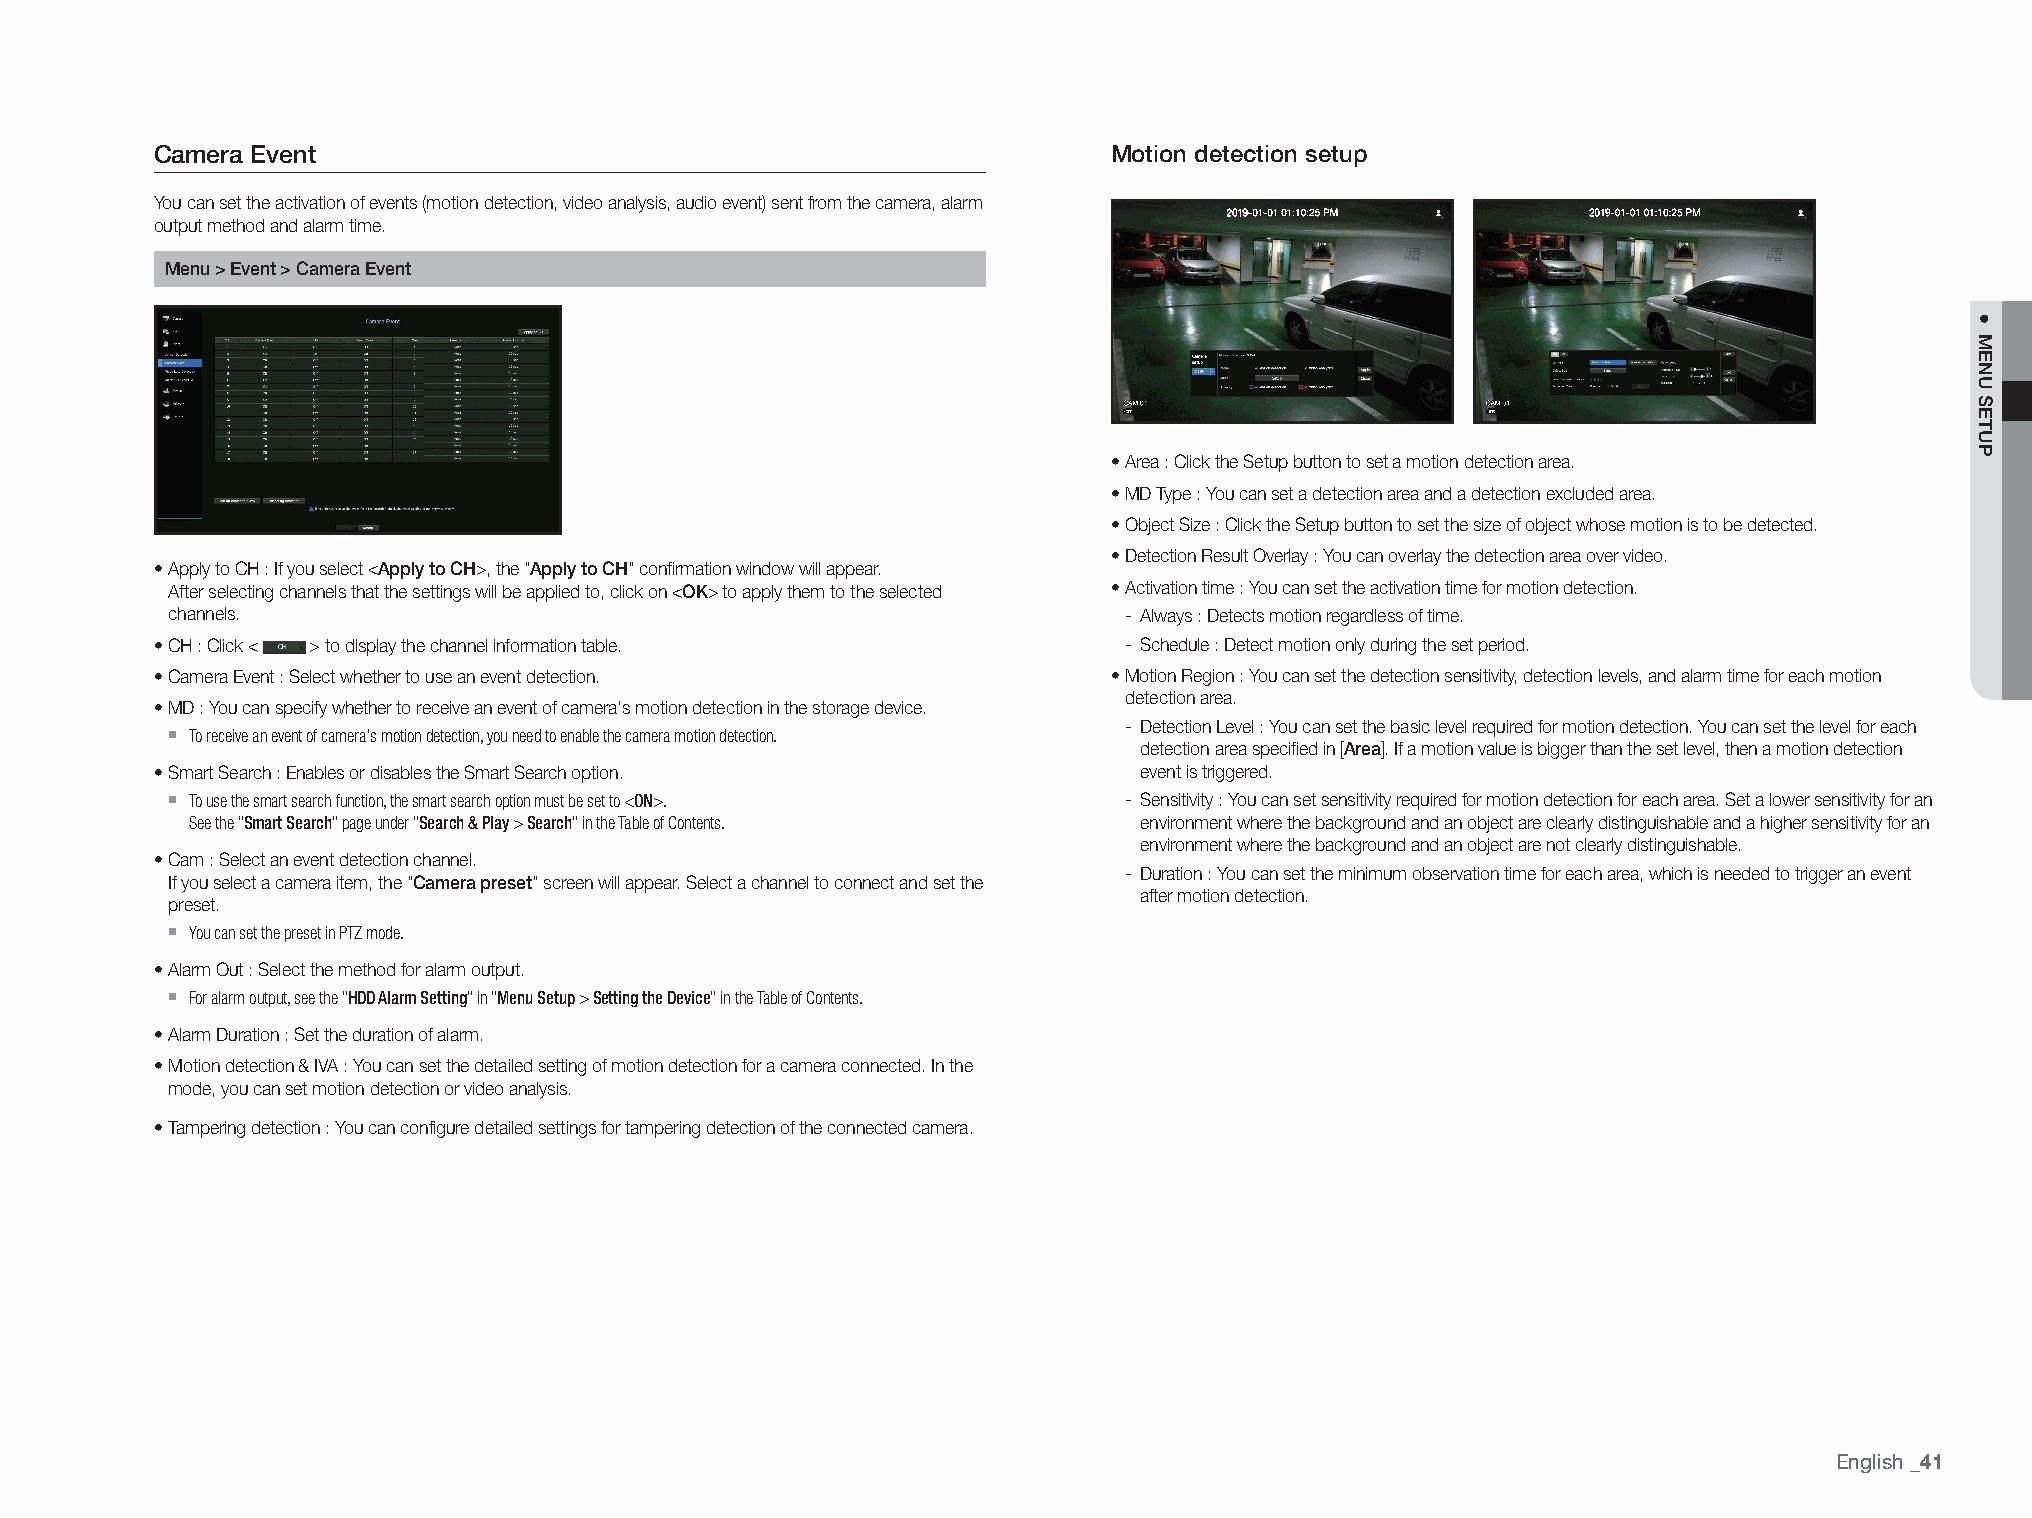
Camera Event                                                    Motion detection setup
 You can set the activation of events (motion detection, video analysis, audio event) sent from the camera, alarm
 output method and alarm time.
 Menu > Event > Camera Event
 • Area : Click the Setup button to set a motion detection area.
 • MD Type : You can set a detection area and a detection excluded area.
 • Object Size : Click the Setup button to set the size of object whose motion is to be detected.
 • Detection Result Overlay : You can overlay the detection area over video.
 • Apply to CH : If you select <Apply to CH>, the "Apply to CH" confirmation window will appear.
 After selecting channels that the settings will be applied to, click on <OK> to apply them to the selected • Activation time : You can set the activation time for motion detection.
 channels.                                                      - Always : Detects motion regardless of time.
 • CH : Click < > to display the channel information table.      - Schedule : Detect motion only during the set period.
 • Camera Event : Select whether to use an event detection.      • Motion Region : You can set the detection sensitivity, detection levels, and alarm time for each motion
 detection area.
 • MD : You can specify whether to receive an event of camera's motion detection in the storage device.
 `                                                              - Detection Level : You can set the basic level required for motion detection. You can set the level for each
 To receive an event of camera's motion detection, you need to enable the camera motion detection.
 detection area specified in [Area]. If a motion value is bigger than the set level, then a motion detection
 • Smart Search : Enables or disables the Smart Search option.    event is triggered.
 `
 To use the smart search function, the smart search option must be set to <ON>. - Sensitivity : You can set sensitivity required for motion detection for each area. Set a lower sensitivity for an
 See the "Smart Search" page under "Search & Play > Search" in the Table of Contents. environment where the background and an object are clearly distinguishable and a higher sensitivity for an
 environment where the background and an object are not clearly distinguishable.
 • Cam : Select an event detection channel.
 - Duration : You can set the minimum observation time for each area, which is needed to trigger an event
 If you select a camera item, the "Camera preset" screen will appear. Select a channel to connect and set the
 after motion detection.
 preset.
 `
 You can set the preset in PTZ mode.
 • Alarm Out : Select the method for alarm output.
 `
 For alarm output, see the "HDD Alarm Setting" in "Menu Setup > Setting the Device" in the Table of Contents.
 • Alarm Duration : Set the duration of alarm.
 • Motion detection & IVA : You can set the detailed setting of motion detection for a camera connected. In the
 mode, you can set motion detection or video analysis.
 • Tampering detection : You can configure detailed settings for tampering detection of the connected camera.
 English
 _41
 ●
 MENU
 SETUP